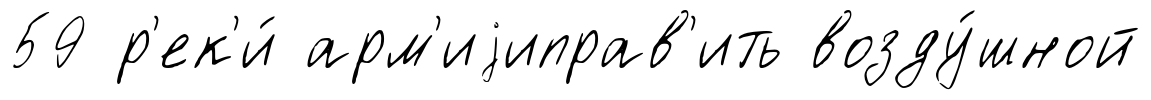
59 р'ек'и́ арм'иjиправ'ить возду́шной